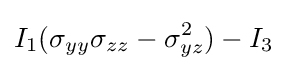
I_{1}(\sigma _{yy}\sigma _{zz}-\sigma _{yz}^{2})-I_{3}